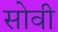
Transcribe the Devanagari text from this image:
सोवी